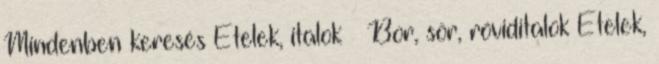
Mindenben keresés Ételek, italok » Bor, sör, röviditalok Ételek,